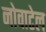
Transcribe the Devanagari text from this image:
नोवाटेल